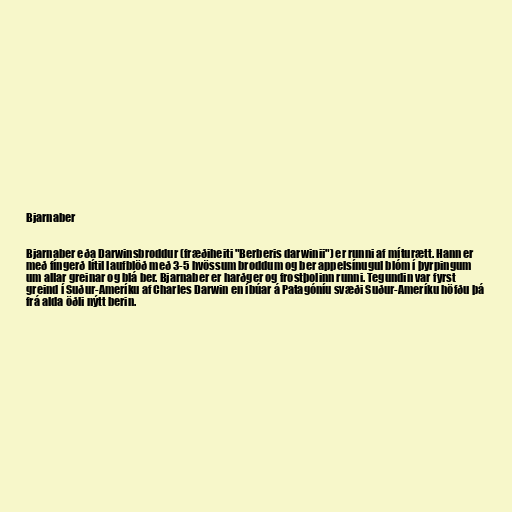
Bjarnaber

Bjarnaber eða Darwinsbroddur (fræðiheiti "Berberis darwinii") er runni af míturætt. Hann er
með fíngerð lítil laufblöð með 3-5 hvössum broddum og ber appelsínugul blóm í þyrpingum
um allar greinar og blá ber. Bjarnaber er harðger og frostþolinn runni. Tegundin var fyrst
greind í Suður-Ameríku af Charles Darwin en íbúar á Patagóníu svæði Suður-Ameríku höfðu þá
frá alda öðli nýtt berin.